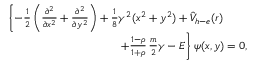
\begin{array} { r } { \left\{ - \frac { 1 } { 2 } \left( \frac { \partial ^ { 2 } } { \partial x ^ { 2 } } + \frac { \partial ^ { 2 } } { \partial y ^ { 2 } } \right) + \frac { 1 } { 8 } \gamma ^ { 2 } ( x ^ { 2 } + y ^ { 2 } ) + { \hat { V } } _ { h - e } ( r ) \right. \qquad } \\ { \left. \qquad + \frac { 1 - \rho } { 1 + \rho } \, \frac { m } { 2 } \gamma - E \right\} \psi ( x , y ) = 0 , } \end{array}